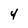
Character: 4